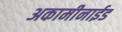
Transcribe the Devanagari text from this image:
अकामीनाईड